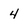
Character: 4